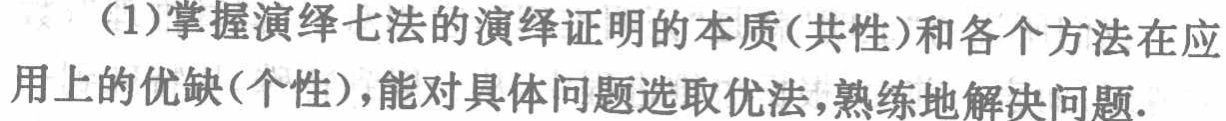
(1)掌握演绎七法的演绎证明的本质(共性)和各个方法在应用上的优缺(个性)，能对具体问题选取优法，熟练地解决问题.